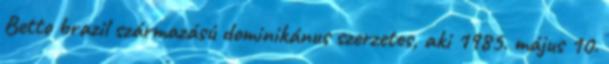
Betto brazil származású dominikánus szerzetes, aki 1985. május 10.